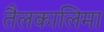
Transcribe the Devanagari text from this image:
तैलकालिमा